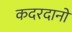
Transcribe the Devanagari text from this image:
कदरदानों